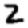
Digit: 2